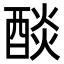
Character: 醈